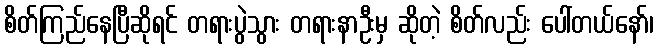
စိတ်ကြည်နေပြီဆိုရင် တရားပွဲသွား တရားနာဦးမှ ဆိုတဲ့ စိတ်လည်း ပေါ်တယ်နော်၊